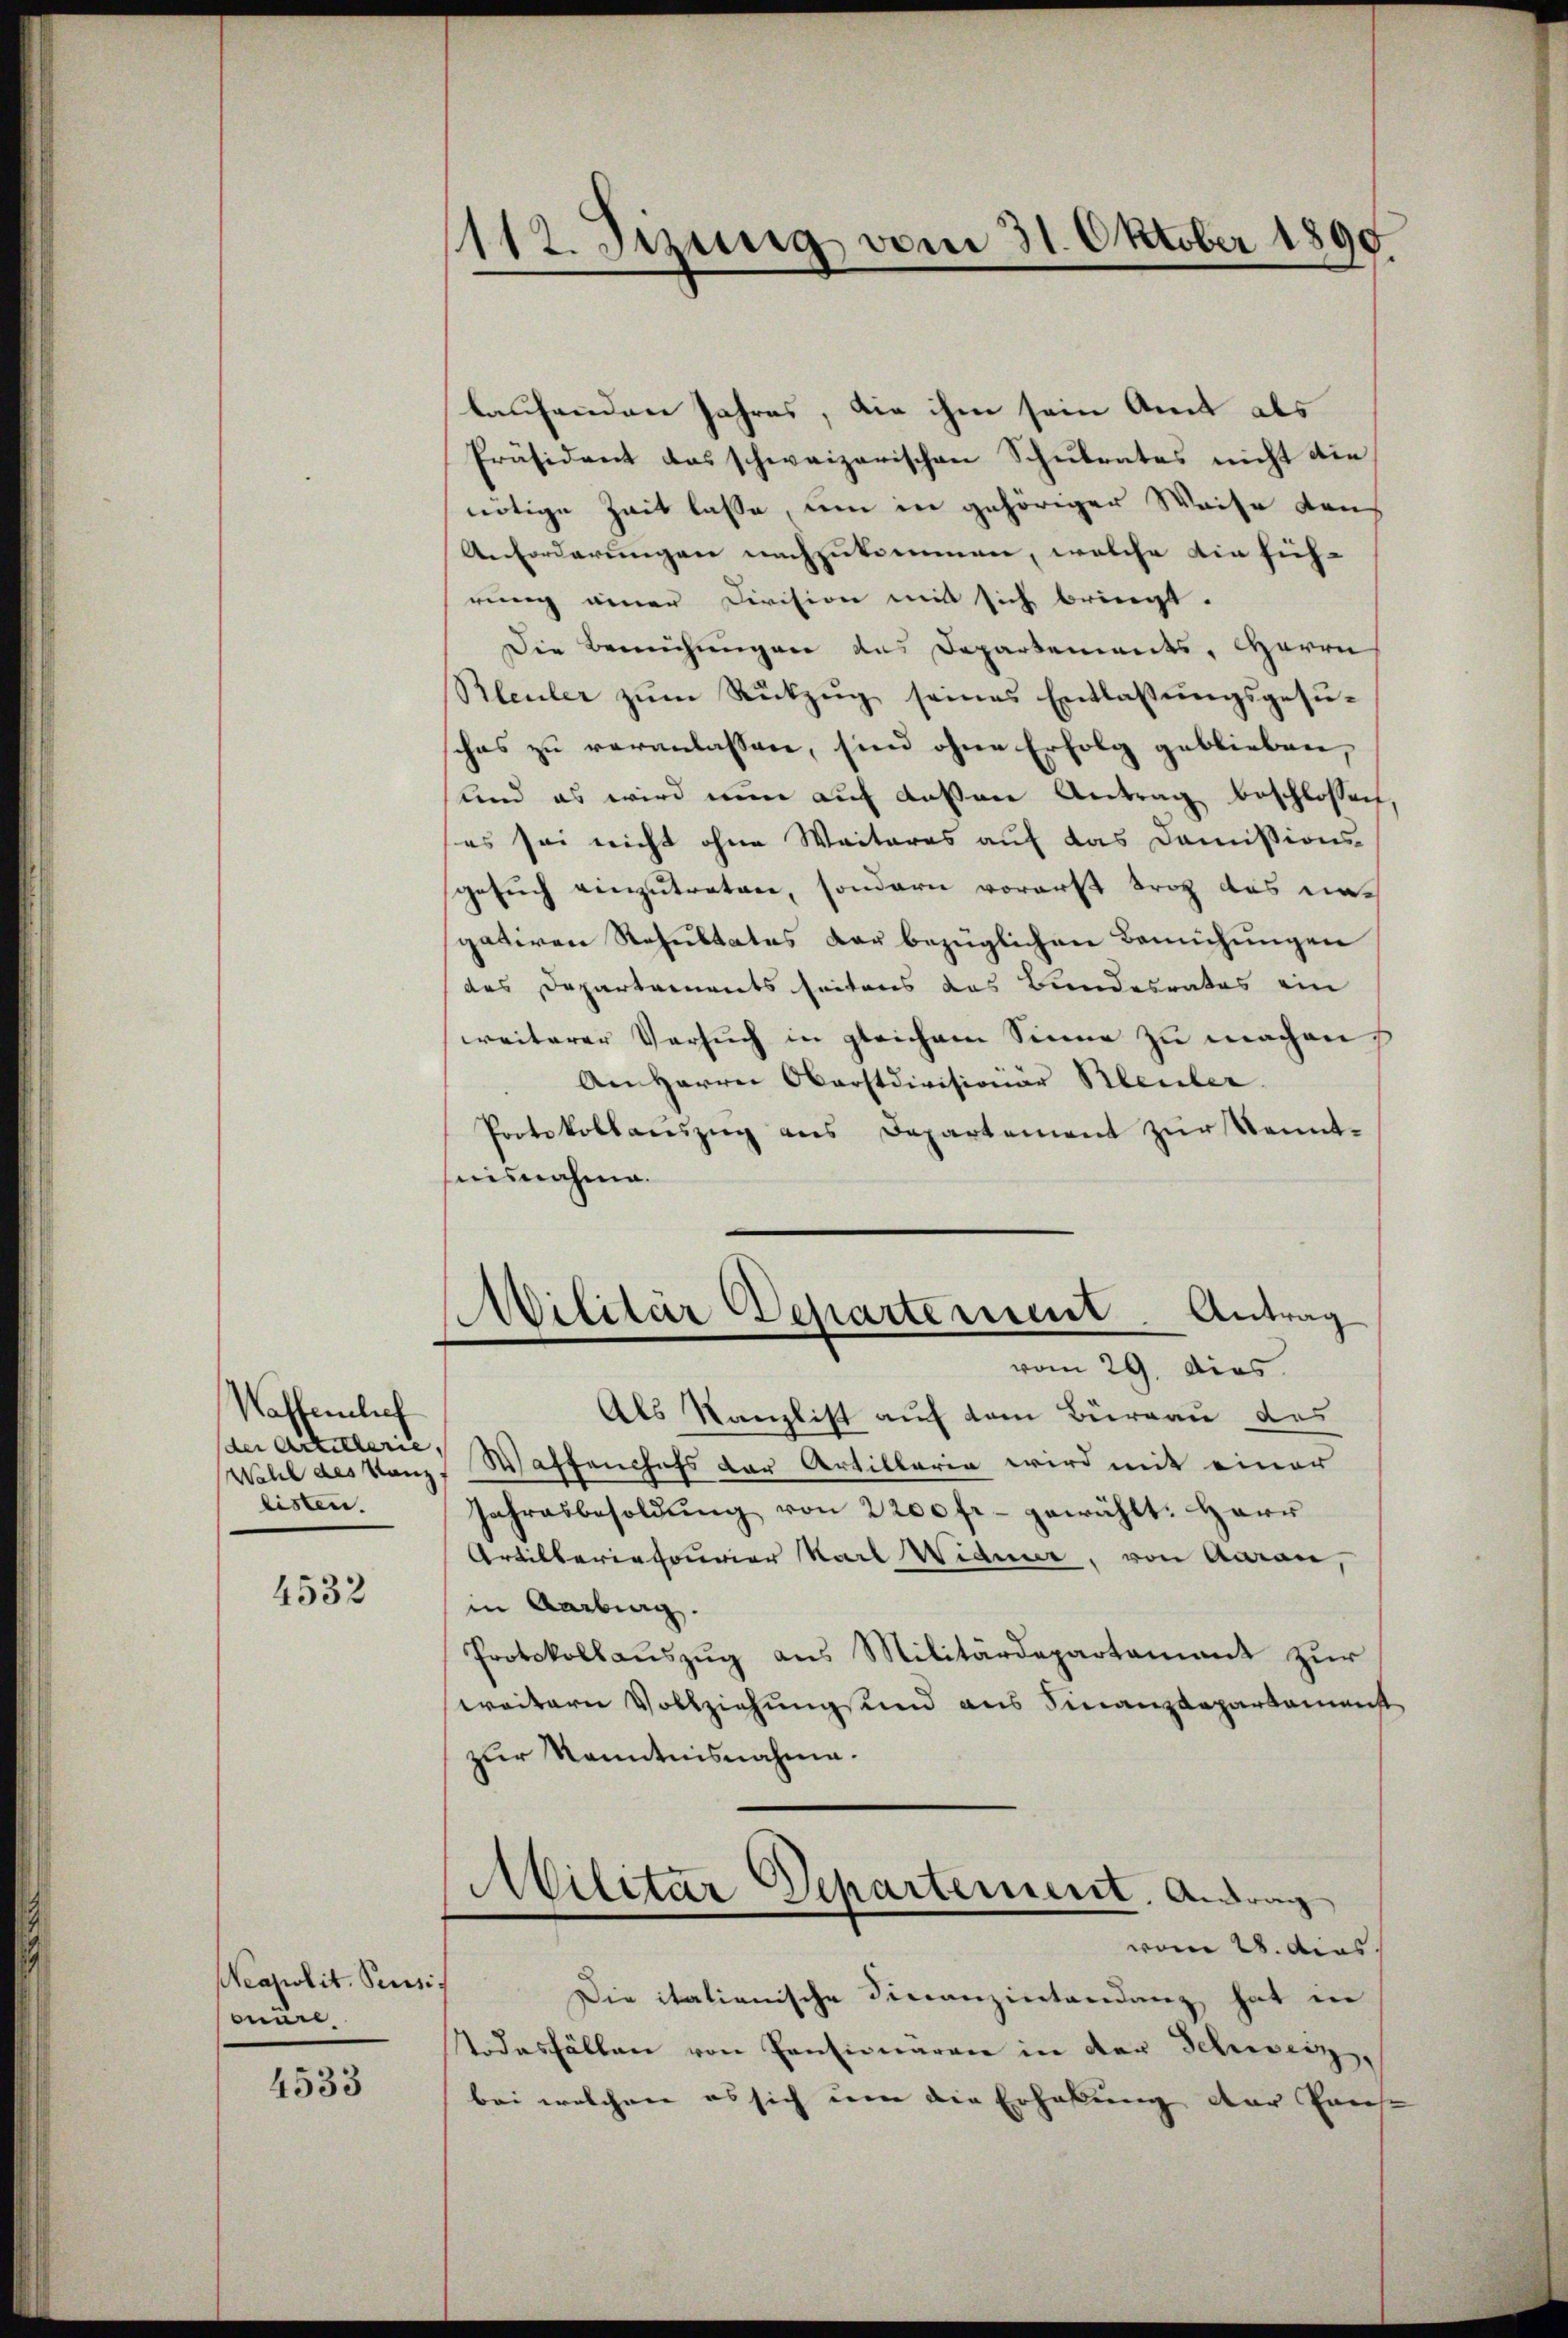
Waffenlich
der Artillerie,
listen.

4532

Neapolit. Pensis
ouare

4533

112. Sizung vom 31. Oktober 1890

laufenden Jahres, die ihm sein Amt als
Präsident das schweizerischen Schulentes nicht die
nötige Zeit lasse, um in gehöriger Weise den
Anforderungen nachzukommen, welche die füh-
rung einer Division mit sich bringt.
Die Berechungen das Departements, Herrn
Rleuler zum Rückzug seines Entlaßungsgesusches zu veranlassen, sind ohne Erfolg geblieben,
und es wird nun auf dessen Antrag beschlossen
es sei nicht ohne Weiteres auf das Domissions-
gesuch einzutreten, sondern vorerst trag das niegativen Resultates der bezüglichen Bemühungen
des Departements seitens das Bundesrates ein
weiterer Versuch in gleichem Sinne zu machen,
An Herrn Oberstdivisionär Bleuler.
Protokollauszug aus Departement zur Kenntisnahme.
Militär Departement. Antrag
vom 29. Dies
Als Kanzlist auf dem Büreau des
Wahl des Kanz. Waffenchefs der Artillaria wird mit einer
Jahresbesoldŭng von 2200 fr. gewählt: Herr
Artilleriefourier Karl Wider, von Aarau,
in Aarburg.
Protokollauszug aus Militärdepartamant zur
weitern Vollziehungs und aus Finanzdepartamenst
zur Kenntnisnahme.
Militar Departement. Antrag
vom 28. dies
Die italienische Finanzentendenz hat in
Todesfällen von Consionären in der Schweiz,
bei welchen es sich um die Erhaltung der Parte